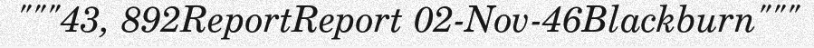
"""43, 892ReportReport 02-Nov-46Blackburn"""